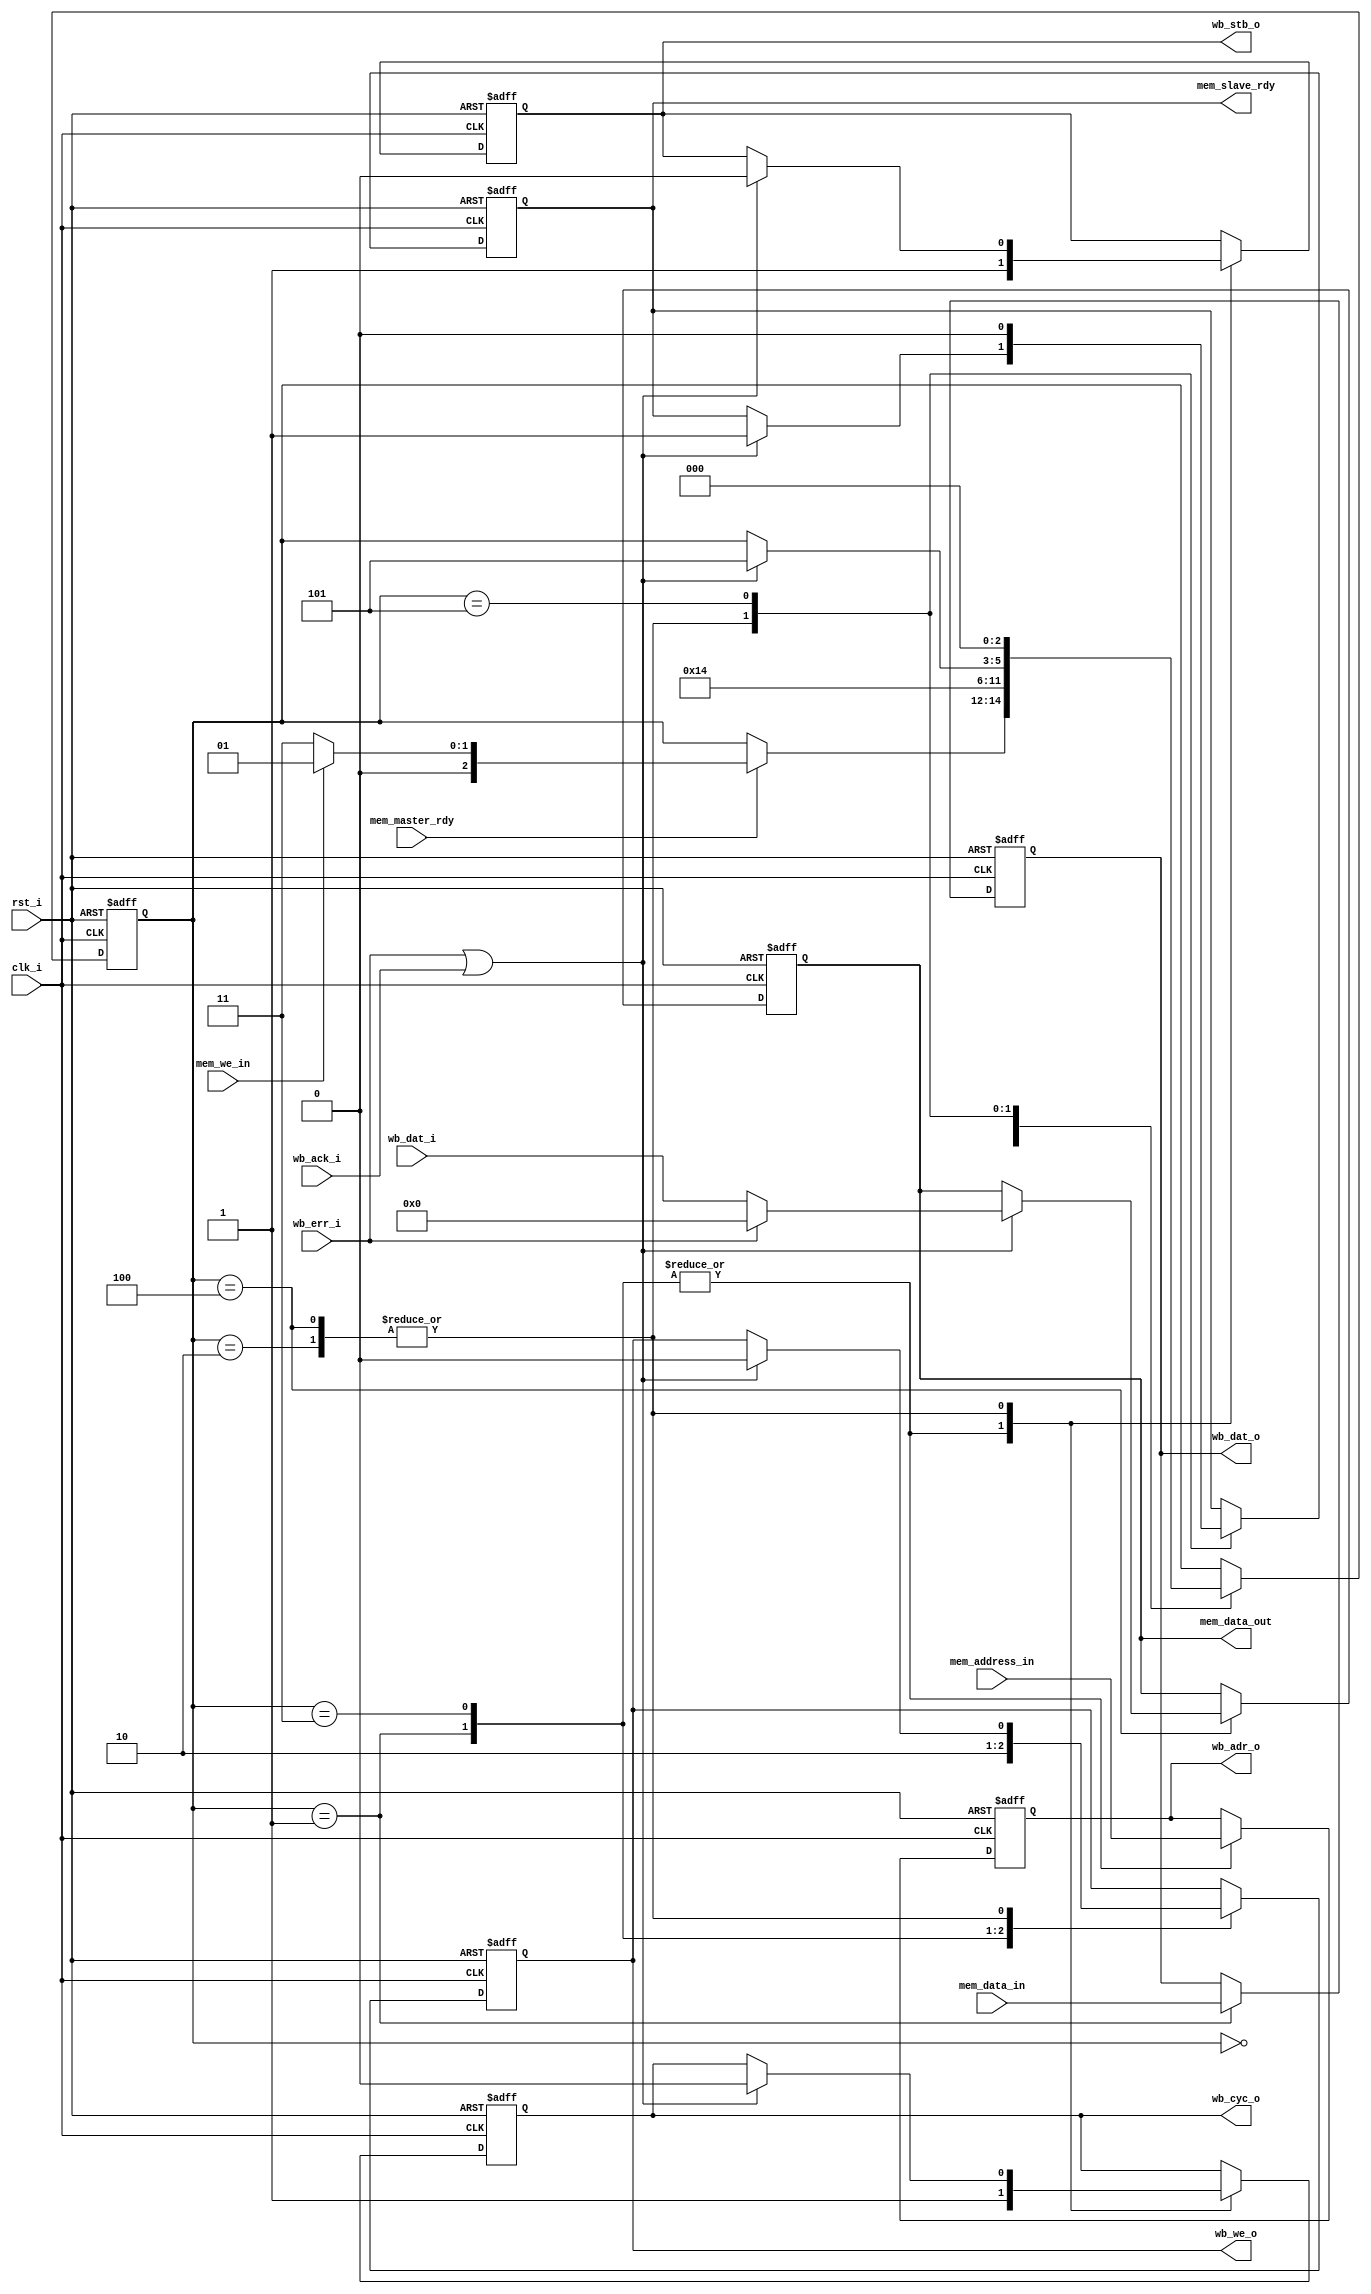
module wb_master #(
    parameter                              ADDR_WIDTH       = 16,    // The width of the address.
    parameter                              DATA_WIDTH       = 32,    // The width of both input and output data.
    parameter                              BASE_ADDRESS     = 'h0F00,    // The location of the bus in the system memory.
    parameter                              RANGE            = 'h0200    // Number of addresses accesible by the component.
) (
    // Interface: contoller
    // Is used by a controller to initiate transfers through the bridge.
    input          [ADDR_WIDTH-1:0]     mem_address_in,    // Target address of a peripheral operation.
    input          [DATA_WIDTH-1:0]     mem_data_in,    // Data from controller.
    input                               mem_master_rdy,    // Data is provided and transfer can be executed.
    input                               mem_we_in,    // Controllers writes = 1, Controller reads = 0.
    output reg     [DATA_WIDTH-1:0]     mem_data_out,    // Data to controller.
    output reg                          mem_slave_rdy,    // Bridge has executed the transfer.

    // Interface: wb_master
    // Connects to wishbone slave or mirrored master accessible through this bridge.
    input                               wb_ack_i,    // Slave asserts acknowledge.
    input          [DATA_WIDTH-1:0]     wb_dat_i,    // Data from slave to master.
    input                               wb_err_i,    // Indicates abnormal cycle termination.
    output reg     [ADDR_WIDTH-1:0]     wb_adr_o,    // The address of the data.
    output reg                          wb_cyc_o,    // Asserted by master for transfer.
    output reg     [DATA_WIDTH-1:0]     wb_dat_o,    // Data from master to slave.
    output reg                          wb_stb_o,    // Asserted by master for transfer.
    output reg                          wb_we_o,    // Write = 1, Read = 0.

    // Interface: wb_system
    // Grouping for wishbone system signals. The clock and reset are used for all logic
    // in this module.
    input                               clk_i,    // The mandatory clock, as this is synchronous logic.
    input                               rst_i    // The mandatory reset, as this is synchronous logic.
);

// WARNING: EVERYTHING ON AND ABOVE THIS LINE MAY BE OVERWRITTEN BY KACTUS2!!!
    // The current state.
    reg [2:0] state;
 
    // The available states.
    parameter [2:0]
        S_CMD               = 3'd0, // Waiting command from the master
        S_WRITE_INIT        = 3'd1, // Initiating a write to slave.
        S_WAIT_WRITE_ACK    = 3'd2, // Waiting ack for write from slave.
        S_READ_INIT         = 3'd3, // Initiating a read to slave.
        S_WAIT_READ_ACK     = 3'd4, // Waiting ack for write from slave. 
        S_DEASSERT     = 3'd5;
   
    always @(posedge clk_i or posedge rst_i) begin
        if(rst_i == 1'b1) begin
            // Initally waiting for start signal.
            state <= S_CMD;
            // Everything else is zero.
            wb_dat_o <= 0;
            wb_cyc_o <= 0;
            wb_stb_o <= 0;
            wb_we_o <= 0;
            wb_adr_o <=  0;
            mem_data_out <= 0;
            mem_slave_rdy <= 0;
        end
        else begin
        case(state)
            S_CMD: begin
                // Wait for the master.
                if (mem_master_rdy == 1'b1) begin
                    // Branch based on if it is read or write.
                    if (mem_we_in == 1'b1) begin
                        state <=  S_WRITE_INIT;
                    end
                    else begin
                        state <=  S_READ_INIT;
                    end
                end
            end
            S_WRITE_INIT: begin
                // Assert signals indicating we are ready to transfer.
                wb_cyc_o <= 1;
                wb_stb_o <= 1;
                // We are writing to slave.
                wb_we_o <= 1;
                
                // Take data directly from the master.
                wb_dat_o <= mem_data_in;
                wb_adr_o <= mem_address_in;
                
                // Next we shall wait for acknowledgement.
                state <= S_WAIT_WRITE_ACK;
            end
            S_WAIT_WRITE_ACK: begin
                if (wb_err_i == 1'b1 || wb_ack_i == 1'b1) begin
                    // Deassert initiator signals.
                    wb_cyc_o <= 0;
                    wb_stb_o <= 0;
                    wb_we_o <= 0;
                    
                    // Pass the result to the master.
                    mem_slave_rdy <= 1;
                    
                    // Look for the next operation.
                    state <=  S_DEASSERT;
                end
            end
            S_READ_INIT: begin
                // Assert signals indicating we are ready to transfer.
                wb_cyc_o <= 1;
                wb_stb_o <= 1;
                // We are reading from slave.
                wb_we_o <= 0;
                
                // Take address directly from the master.
                wb_adr_o <= mem_address_in;
                
                // Next we shall wait for acknowledgement.
                state <= S_WAIT_READ_ACK;
            end
            S_WAIT_READ_ACK: begin
                if (wb_err_i == 1'b1 || wb_ack_i == 1'b1) begin
                    // Deassert initiator signals.
                    wb_cyc_o <= 0;
                    wb_stb_o <= 0;
                    wb_we_o <= 0;
                    
                    // Pass the result to the master.
                    mem_slave_rdy <= 1;
                    
                    if (wb_err_i == 1'b1) begin
                        mem_data_out <= 0;
                    end
                    else begin
                        mem_data_out <= wb_dat_i;
                    end
                    
                    // Look for the next operation.
                    state <=  S_DEASSERT;
                end
            end
            S_DEASSERT: begin
                state <= S_CMD;
                mem_slave_rdy <= 0;
            end
            default: begin
                $display("ERROR: Unkown state: %d", state);
            end
        endcase
        end
    end
   
endmodule